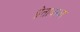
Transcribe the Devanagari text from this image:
प्रेतावस्था